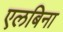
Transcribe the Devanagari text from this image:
एलबिना